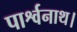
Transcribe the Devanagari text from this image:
पार्श्वनाथ।